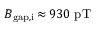
B _ { \mathrm { g a p , i } } \, { \approx } \, 9 3 0 ~ \mathrm { p T }